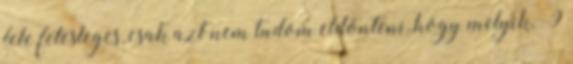
fele felesleges, csak azt nem tudom eldönteni, hogy melyik.“9